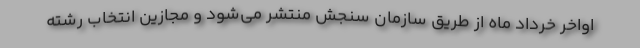
اواخر خرداد ماه از طریق سازمان سنجش منتشر می‌شود و مجازین انتخاب رشته